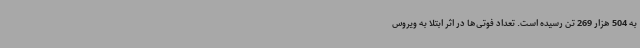
به 504 هزار 269 تن رسیده است. تعداد فوتی‌ها در اثر ابتلا به ویروس